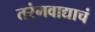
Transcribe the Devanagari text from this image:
तरंगवाद्याचं